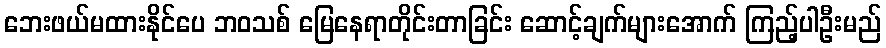
ဘေးဖယ်မထားနိုင်ပေ ဘဝသစ် မြေနေရာတိုင်းတာခြင်း ဆောင့်ချက်များအောက် ကြည့်ပါဦးမည်